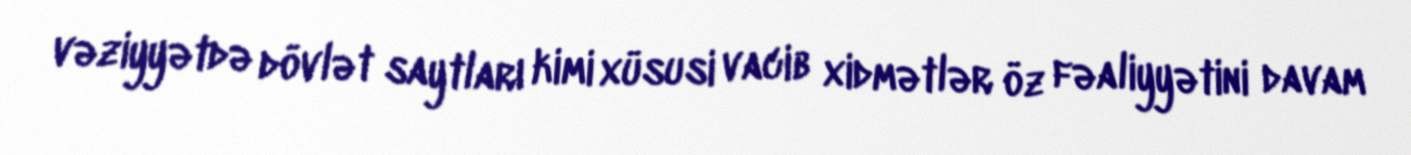
vəziyyətdə dövlət saytları kimi xüsusi vacib xidmətlər öz fəaliyyətini davam